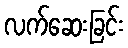
လက်ဆေးခြင်း